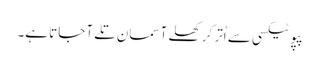
پپو ٹیکسی سے اُتر کر کھلے آسمان تلے آ جاتا ہے۔